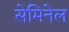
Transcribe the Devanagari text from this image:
सेमिनेल